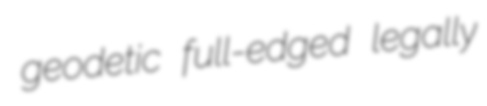
geodetic full-edged legally